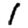
Digit: 1